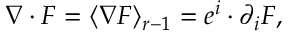
\nabla \cdot F = \langle \nabla F \rangle _ { r - 1 } = e ^ { i } \cdot \partial _ { i } F ,